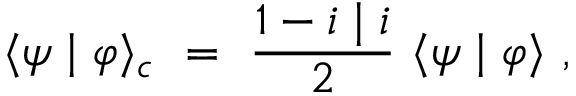
\langle \psi \mid \varphi \rangle _ { c } ~ = ~ \frac { 1 - i \mid i } { 2 } ~ \langle \psi \mid \varphi \rangle ~ ,